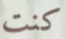
كنت